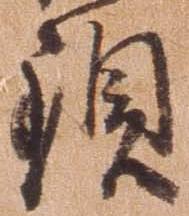
頚